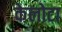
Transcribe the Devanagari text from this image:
केलोटा